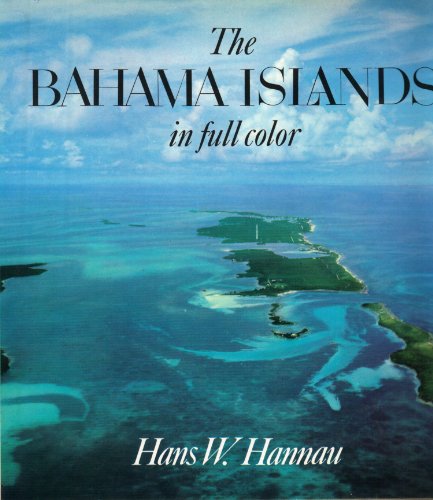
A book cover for The Bahama Islands in full color; Hans W Hannau; Travel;